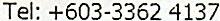
TEL: +603-3362 4137